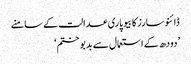
ڈائنوسارز کا بیوپاری عدالت کے سامنے
’دودھ کے استعمال سے بدبو ختم‘